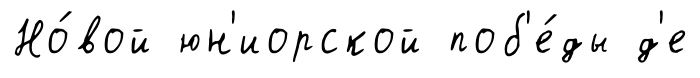
Но́вой юн'иорской поб'е́ды д'е